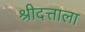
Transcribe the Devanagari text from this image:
श्रीदत्ताला